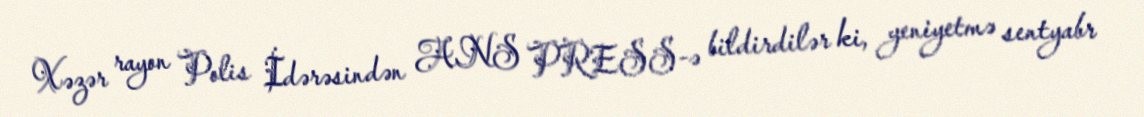
Xəzər rayon Polis İdərəsindən ANS PRESS-ə bildirdilər ki, yeniyetmə sentyabr